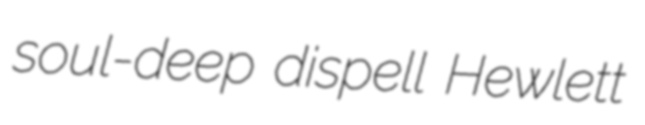
soul-deep dispell Hewlett